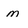
Character: m